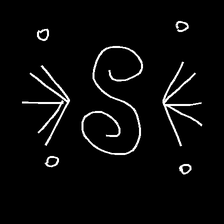
Glyph: aeroform